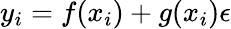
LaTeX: y_{i}=f(x_{i})+g(x_{i})\epsilon